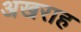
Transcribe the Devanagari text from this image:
अखराह